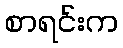
စာရင်းက